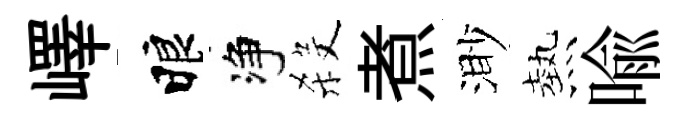
嶧睱净殺煮渺熱喻